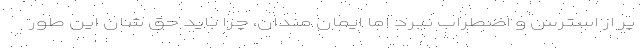
پر از استرس و اضطراب نبرد اما ایمان مندان، چرا باید حق شان این طور